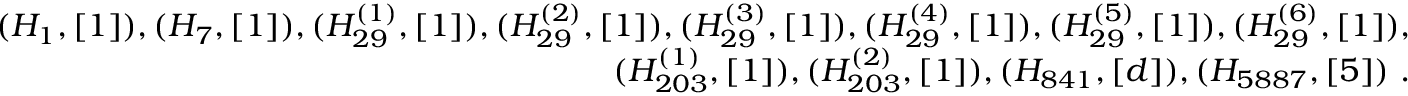
\begin{array} { r l r } & { } & { ( H _ { 1 } , [ 1 ] ) , ( H _ { 7 } , [ 1 ] ) , ( H _ { 2 9 } ^ { ( 1 ) } , [ 1 ] ) , ( H _ { 2 9 } ^ { ( 2 ) } , [ 1 ] ) , ( H _ { 2 9 } ^ { ( 3 ) } , [ 1 ] ) , ( H _ { 2 9 } ^ { ( 4 ) } , [ 1 ] ) , ( H _ { 2 9 } ^ { ( 5 ) } , [ 1 ] ) , ( H _ { 2 9 } ^ { ( 6 ) } , [ 1 ] ) , } \\ & { } & { ( H _ { 2 0 3 } ^ { ( 1 ) } , [ 1 ] ) , ( H _ { 2 0 3 } ^ { ( 2 ) } , [ 1 ] ) , ( H _ { 8 4 1 } , [ d ] ) , ( H _ { 5 8 8 7 } , [ 5 ] ) ~ . } \end{array}